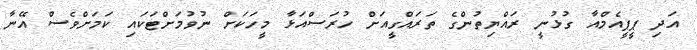
އަދި ޕީޕީއެމްއާ ގުޅުނީ ރައްޔިތުންގެ ތަރައްގީއަށް ހުރަސްއަޅާ މީހަކަށް ނުވުމަށްޓަކައި ކަމަށްވެސް އޭނާ